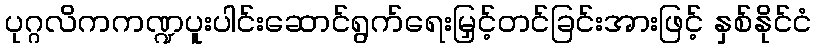
ပုဂ္ဂလိကကဏ္ဍပူးပါင်းဆောင်ရွက်ရေးမြှင့်တင်ခြင်းအားဖြင့် နှစ်နိုင်ငံ